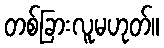
တစ်ခြားလူမဟုတ်။